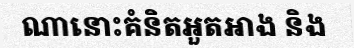
ណានោះគំនិតអួតអាង និង